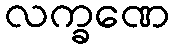
လက္ခဏေ